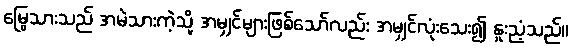
မြွေသားသည် အမဲသားကဲ့သို့ အမျှင်များဖြစ်သော်လည်း အမျှင်လုံးသေး၍ နူးညံ့သည်။